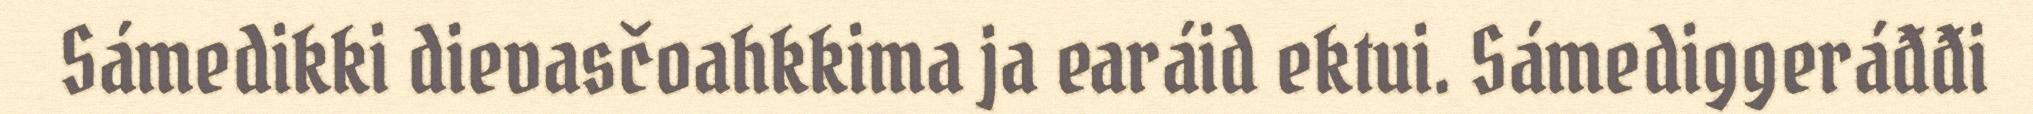
Sámedikki dievasčoahkkima ja earáid ektui. Sámediggeráđđi